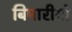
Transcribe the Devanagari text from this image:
बिमारीयो